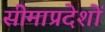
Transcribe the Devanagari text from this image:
सीमाप्रदेशों